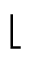
\lfloor